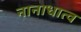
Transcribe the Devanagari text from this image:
नानाधात्व